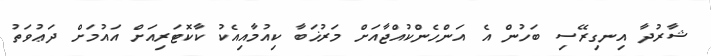
ޝާރުދާ އިނގިރޭސި ބަހުން އެ އަންހެންކުއްޖާއަށް މަރުޚަބާ ކިއުމާއިއެކު ކާކޮޓަރިއަށް އައުމަށް ދަޢުވަތު